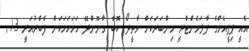
އެއީ ޕިޕީއެމްގެ ޕާލަމެންޓްރީ މިންބަރަކަށް ވާތީދޯ ކޮބާ ގާނޫންދޭ ހަމަހަމަކަން ފެބްރުއަރީ 13